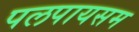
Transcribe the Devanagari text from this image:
पलपायसम